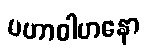
မဟာဝါဟနော